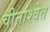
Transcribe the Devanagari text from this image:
चीनाश्वेत